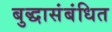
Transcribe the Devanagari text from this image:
बुद्धासंबंधित